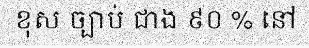
ខុស ច្បាប់ ជាង ៩០ % នៅ